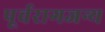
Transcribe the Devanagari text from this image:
पूर्वरागजन्य